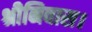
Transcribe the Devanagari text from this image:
श्रीनिवास।